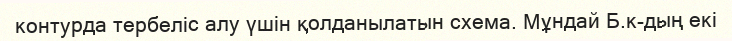
контурда тербеліс алу үшін қолданылатын схема. Мұндай Б.к-дың екі